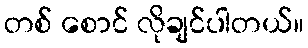
တစ် စောင် လိုချင်ပါတယ်။